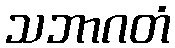
သဘာဂတံ